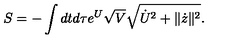
S = - \int d t d \tau e ^ { U } \sqrt { V } \sqrt { \dot { U } ^ { 2 } + \| \dot { z } \| ^ { 2 } } .